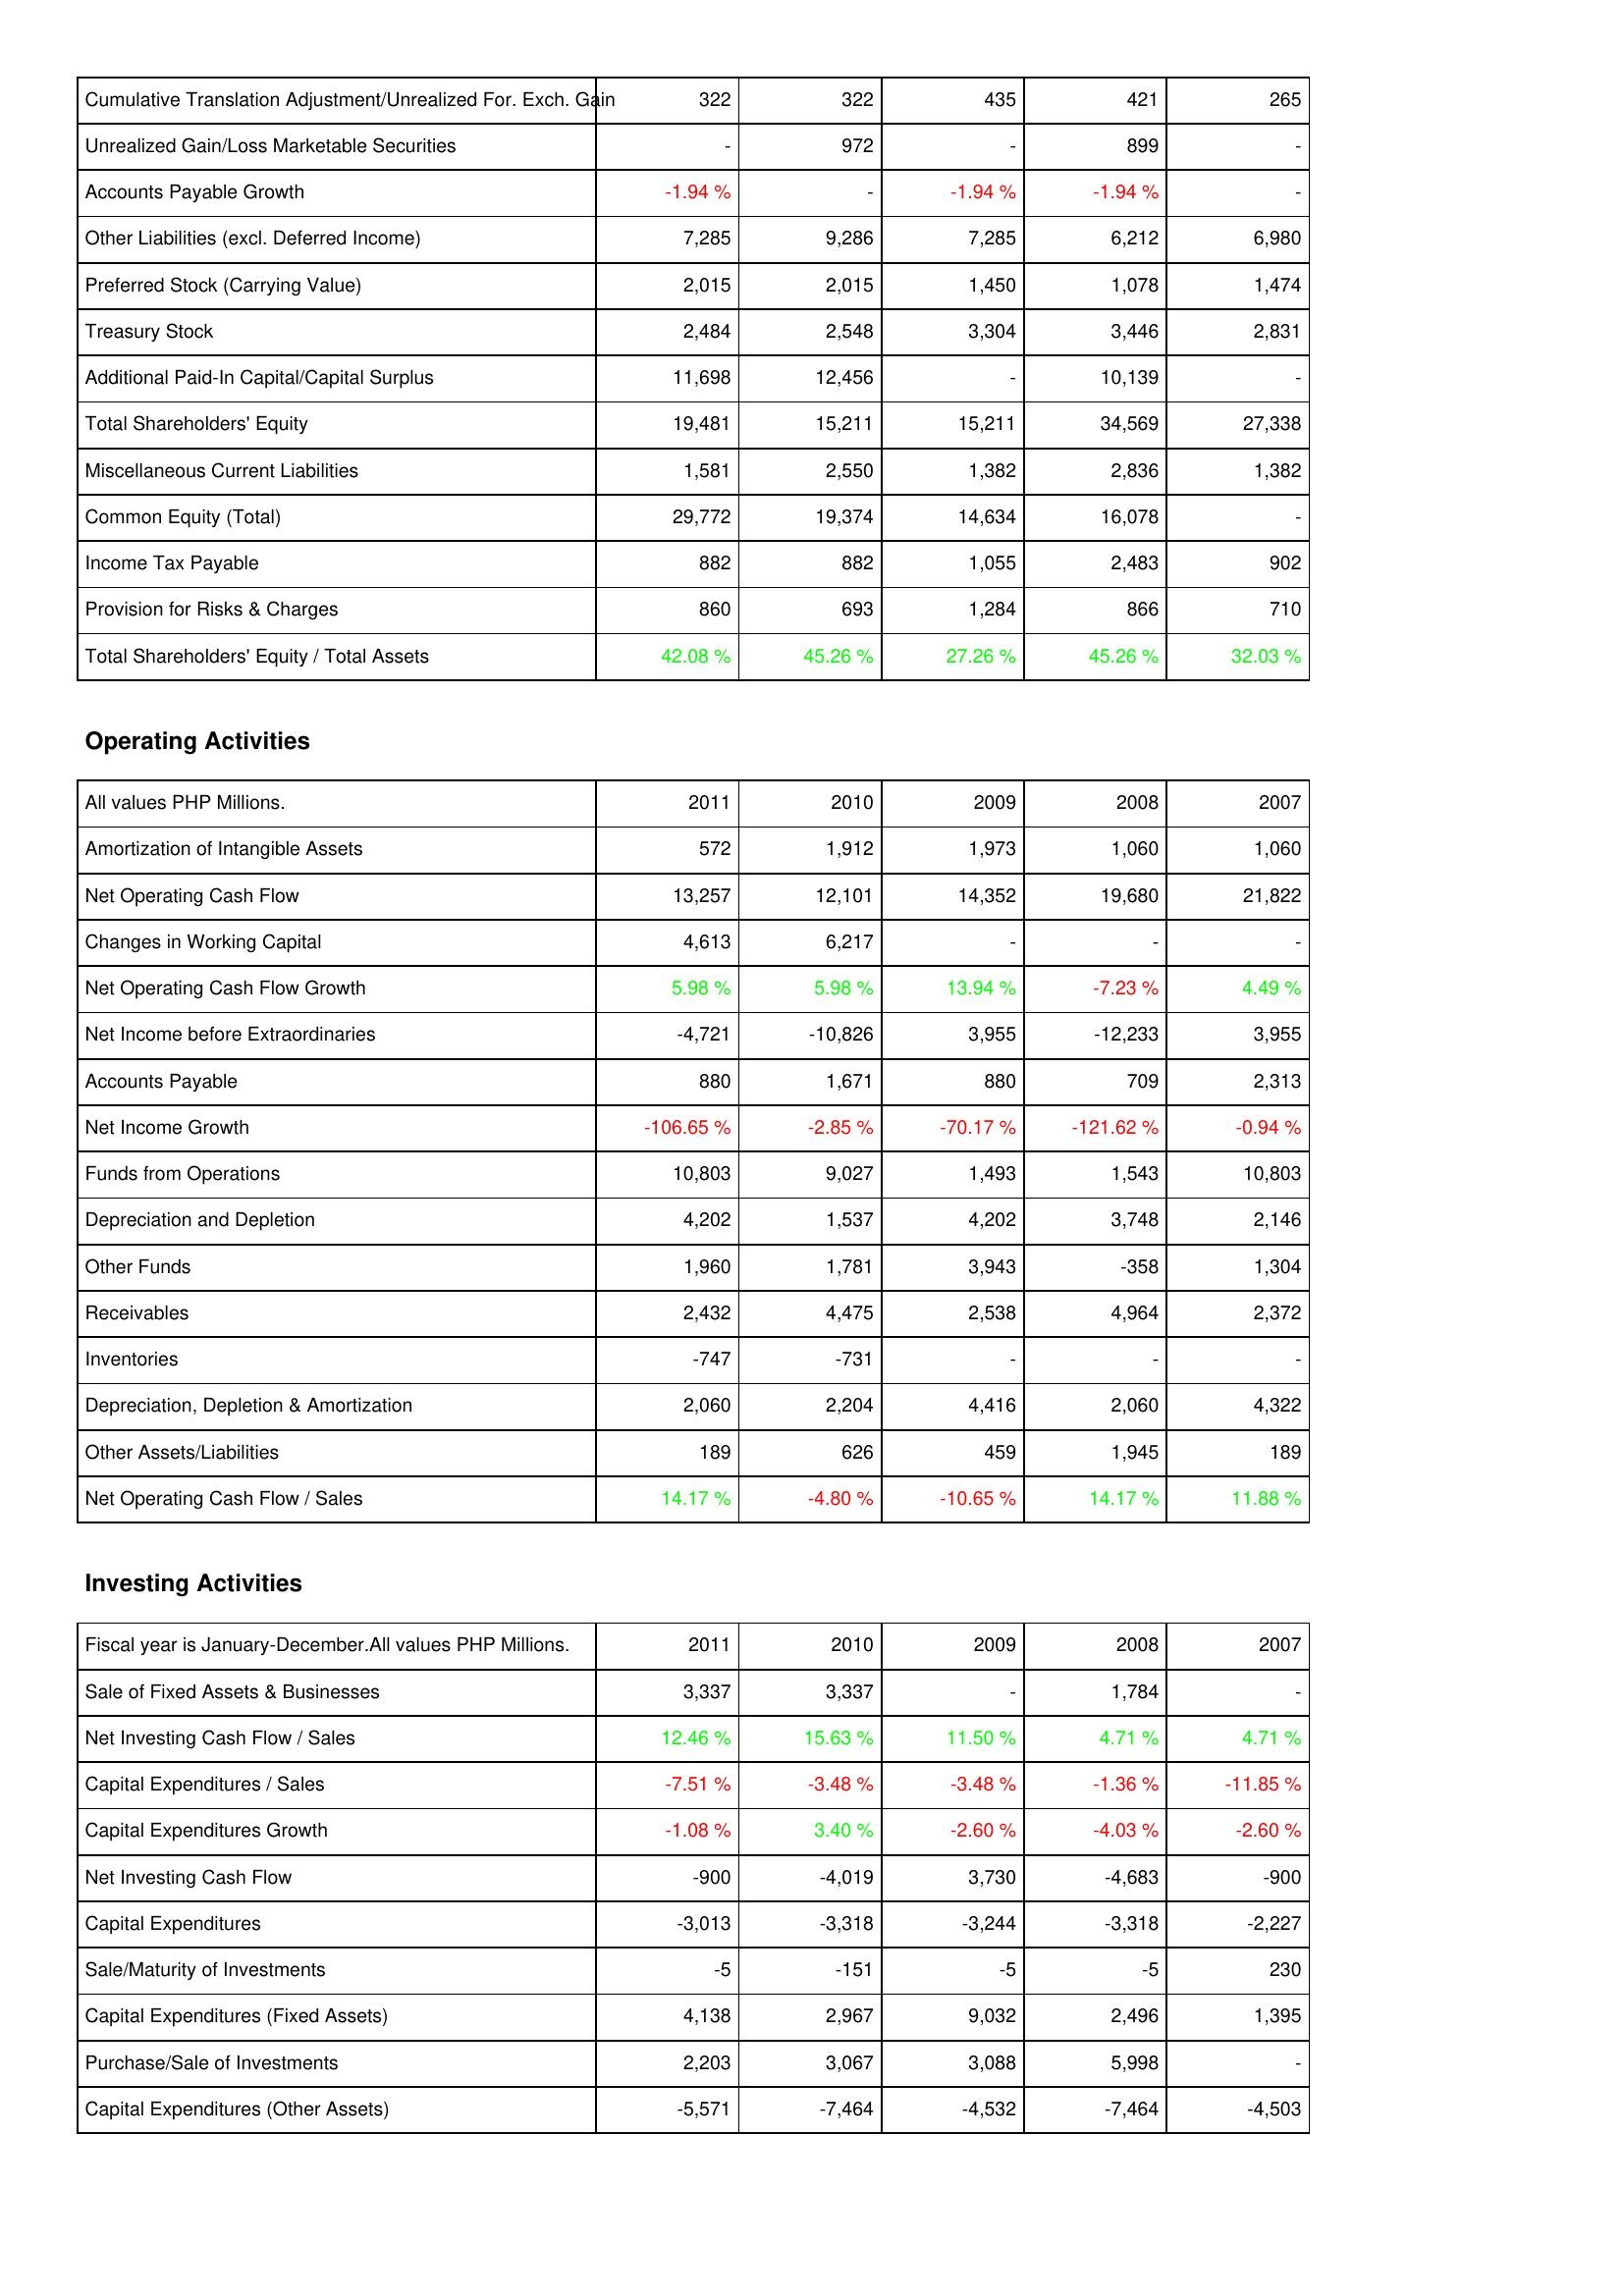
2011: Liabilities & Shareholders' Equity: Cumulative Translation Adjustment/Unrealized For. Exch. Gain: 322
Unrealized Gain/Loss Marketable Securities: -
Accounts Payable Growth: -1.94 %
Other Liabilities (excl. Deferred Income): 7,285
Preferred Stock (Carrying Value): 2,015
Treasury Stock: 2,484
Additional Paid-In Capital/Capital Surplus: 11,698
Total Shareholders' Equity: 19,481
Miscellaneous Current Liabilities: 1,581
Common Equity (Total): 29,772
Income Tax Payable: 882
Provision for Risks & Charges: 860
Total Shareholders' Equity / Total Assets: 42.08 %
Operating Activities: Amortization of Intangible Assets: 572
Net Operating Cash Flow: 13,257
Changes in Working Capital: 4,613
Net Operating Cash Flow Growth: 5.98 %
Net Income before Extraordinaries: -4,721
Accounts Payable: 880
Net Income Growth: -106.65 %
Funds from Operations: 10,803
Depreciation and Depletion: 4,202
Other Funds: 1,960
Receivables: 2,432
Inventories: -747
Depreciation, Depletion & Amortization: 2,060
Other Assets/Liabilities: 189
Net Operating Cash Flow / Sales: 14.17 %
Investing Activities: Sale of Fixed Assets & Businesses: 3,337
Net Investing Cash Flow / Sales: 12.46 %
Capital Expenditures / Sales: -7.51 %
Capital Expenditures Growth: -1.08 %
Net Investing Cash Flow: -900
Capital Expenditures: -3,013
Sale/Maturity of Investments: -5
Capital Expenditures (Fixed Assets): 4,138
Purchase/Sale of Investments: 2,203
Capital Expenditures (Other Assets): -5,571
2010: Liabilities & Shareholders' Equity: Cumulative Translation Adjustment/Unrealized For. Exch. Gain: 322
Unrealized Gain/Loss Marketable Securities: 972
Accounts Payable Growth: -
Other Liabilities (excl. Deferred Income): 9,286
Preferred Stock (Carrying Value): 2,015
Treasury Stock: 2,548
Additional Paid-In Capital/Capital Surplus: 12,456
Total Shareholders' Equity: 15,211
Miscellaneous Current Liabilities: 2,550
Common Equity (Total): 19,374
Income Tax Payable: 882
Provision for Risks & Charges: 693
Total Shareholders' Equity / Total Assets: 45.26 %
Operating Activities: Amortization of Intangible Assets: 1,912
Net Operating Cash Flow: 12,101
Changes in Working Capital: 6,217
Net Operating Cash Flow Growth: 5.98 %
Net Income before Extraordinaries: -10,826
Accounts Payable: 1,671
Net Income Growth: -2.85 %
Funds from Operations: 9,027
Depreciation and Depletion: 1,537
Other Funds: 1,781
Receivables: 4,475
Inventories: -731
Depreciation, Depletion & Amortization: 2,204
Other Assets/Liabilities: 626
Net Operating Cash Flow / Sales: -4.80 %
Investing Activities: Sale of Fixed Assets & Businesses: 3,337
Net Investing Cash Flow / Sales: 15.63 %
Capital Expenditures / Sales: -3.48 %
Capital Expenditures Growth: 3.40 %
Net Investing Cash Flow: -4,019
Capital Expenditures: -3,318
Sale/Maturity of Investments: -151
Capital Expenditures (Fixed Assets): 2,967
Purchase/Sale of Investments: 3,067
Capital Expenditures (Other Assets): -7,464
2009: Liabilities & Shareholders' Equity: Cumulative Translation Adjustment/Unrealized For. Exch. Gain: 435
Unrealized Gain/Loss Marketable Securities: -
Accounts Payable Growth: -1.94 %
Other Liabilities (excl. Deferred Income): 7,285
Preferred Stock (Carrying Value): 1,450
Treasury Stock: 3,304
Additional Paid-In Capital/Capital Surplus: -
Total Shareholders' Equity: 15,211
Miscellaneous Current Liabilities: 1,382
Common Equity (Total): 14,634
Income Tax Payable: 1,055
Provision for Risks & Charges: 1,284
Total Shareholders' Equity / Total Assets: 27.26 %
Operating Activities: Amortization of Intangible Assets: 1,973
Net Operating Cash Flow: 14,352
Changes in Working Capital: -
Net Operating Cash Flow Growth: 13.94 %
Net Income before Extraordinaries: 3,955
Accounts Payable: 880
Net Income Growth: -70.17 %
Funds from Operations: 1,493
Depreciation and Depletion: 4,202
Other Funds: 3,943
Receivables: 2,538
Inventories: -
Depreciation, Depletion & Amortization: 4,416
Other Assets/Liabilities: 459
Net Operating Cash Flow / Sales: -10.65 %
Investing Activities: Sale of Fixed Assets & Businesses: -
Net Investing Cash Flow / Sales: 11.50 %
Capital Expenditures / Sales: -3.48 %
Capital Expenditures Growth: -2.60 %
Net Investing Cash Flow: 3,730
Capital Expenditures: -3,244
Sale/Maturity of Investments: -5
Capital Expenditures (Fixed Assets): 9,032
Purchase/Sale of Investments: 3,088
Capital Expenditures (Other Assets): -4,532
2008: Liabilities & Shareholders' Equity: Cumulative Translation Adjustment/Unrealized For. Exch. Gain: 421
Unrealized Gain/Loss Marketable Securities: 899
Accounts Payable Growth: -1.94 %
Other Liabilities (excl. Deferred Income): 6,212
Preferred Stock (Carrying Value): 1,078
Treasury Stock: 3,446
Additional Paid-In Capital/Capital Surplus: 10,139
Total Shareholders' Equity: 34,569
Miscellaneous Current Liabilities: 2,836
Common Equity (Total): 16,078
Income Tax Payable: 2,483
Provision for Risks & Charges: 866
Total Shareholders' Equity / Total Assets: 45.26 %
Operating Activities: Amortization of Intangible Assets: 1,060
Net Operating Cash Flow: 19,680
Changes in Working Capital: -
Net Operating Cash Flow Growth: -7.23 %
Net Income before Extraordinaries: -12,233
Accounts Payable: 709
Net Income Growth: -121.62 %
Funds from Operations: 1,543
Depreciation and Depletion: 3,748
Other Funds: -358
Receivables: 4,964
Inventories: -
Depreciation, Depletion & Amortization: 2,060
Other Assets/Liabilities: 1,945
Net Operating Cash Flow / Sales: 14.17 %
Investing Activities: Sale of Fixed Assets & Businesses: 1,784
Net Investing Cash Flow / Sales: 4.71 %
Capital Expenditures / Sales: -1.36 %
Capital Expenditures Growth: -4.03 %
Net Investing Cash Flow: -4,683
Capital Expenditures: -3,318
Sale/Maturity of Investments: -5
Capital Expenditures (Fixed Assets): 2,496
Purchase/Sale of Investments: 5,998
Capital Expenditures (Other Assets): -7,464
2007: Liabilities & Shareholders' Equity: Cumulative Translation Adjustment/Unrealized For. Exch. Gain: 265
Unrealized Gain/Loss Marketable Securities: -
Accounts Payable Growth: -
Other Liabilities (excl. Deferred Income): 6,980
Preferred Stock (Carrying Value): 1,474
Treasury Stock: 2,831
Additional Paid-In Capital/Capital Surplus: -
Total Shareholders' Equity: 27,338
Miscellaneous Current Liabilities: 1,382
Common Equity (Total): -
Income Tax Payable: 902
Provision for Risks & Charges: 710
Total Shareholders' Equity / Total Assets: 32.03 %
Operating Activities: Amortization of Intangible Assets: 1,060
Net Operating Cash Flow: 21,822
Changes in Working Capital: -
Net Operating Cash Flow Growth: 4.49 %
Net Income before Extraordinaries: 3,955
Accounts Payable: 2,313
Net Income Growth: -0.94 %
Funds from Operations: 10,803
Depreciation and Depletion: 2,146
Other Funds: 1,304
Receivables: 2,372
Inventories: -
Depreciation, Depletion & Amortization: 4,322
Other Assets/Liabilities: 189
Net Operating Cash Flow / Sales: 11.88 %
Investing Activities: Sale of Fixed Assets & Businesses: -
Net Investing Cash Flow / Sales: 4.71 %
Capital Expenditures / Sales: -11.85 %
Capital Expenditures Growth: -2.60 %
Net Investing Cash Flow: -900
Capital Expenditures: -2,227
Sale/Maturity of Investments: 230
Capital Expenditures (Fixed Assets): 1,395
Purchase/Sale of Investments: -
Capital Expenditures (Other Assets): -4,503